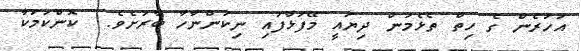
އަހަރެން ގެ ހިތް ތެޅެމުން ދިޔައީ މޭފަޅާފައި ނިކުންނާހާ ބާރަށެވެ.  ކޮންކަމަކާ